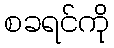
စခရင်ကို